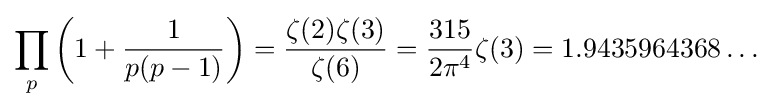
\prod _{p}\left(1+{\frac {1}{p(p-1)}}\right)={\frac {\zeta (2)\zeta (3)}{\zeta (6)}}={\frac {315}{2\pi ^{4}}}\zeta (3)=1.9435964368\ldots